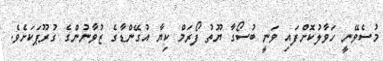
މުސެވޭނީ ހަވާލުކޮށްފައި ވަނީ ބުސޯގާ ޔޫތު ފޯރަމް ކިޔާ އުގޭންޑާގެ ޒުވާނުންގެ ގުރޫޕަކަށެވެ.